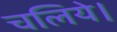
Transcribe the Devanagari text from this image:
चलिये।